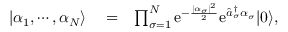
\begin{array} { r l r } { \lvert \alpha _ { 1 } , \cdots , \alpha _ { N } \rangle } & { { } = } & { \prod _ { \sigma = 1 } ^ { N } \mathrm { e } ^ { - \frac { \lvert \alpha _ { \sigma } \rvert ^ { 2 } } { 2 } } \mathrm { e } ^ { \hat { a } _ { \sigma } ^ { \dagger } \alpha _ { \sigma } } \lvert 0 \rangle , } \end{array}